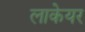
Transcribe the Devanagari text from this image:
लाकेयर